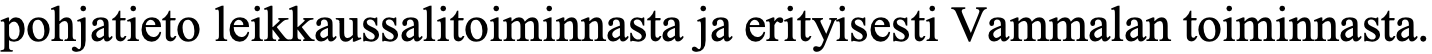
pohjatieto leikkaussalitoiminnasta ja erityisesti Vammalan toiminnasta.